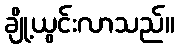
ချို့ယွင်းလာသည်။